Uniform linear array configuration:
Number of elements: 8
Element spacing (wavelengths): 0.75
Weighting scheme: exponential
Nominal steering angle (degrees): -60
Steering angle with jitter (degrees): -60.569
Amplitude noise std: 0.05
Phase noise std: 0.05

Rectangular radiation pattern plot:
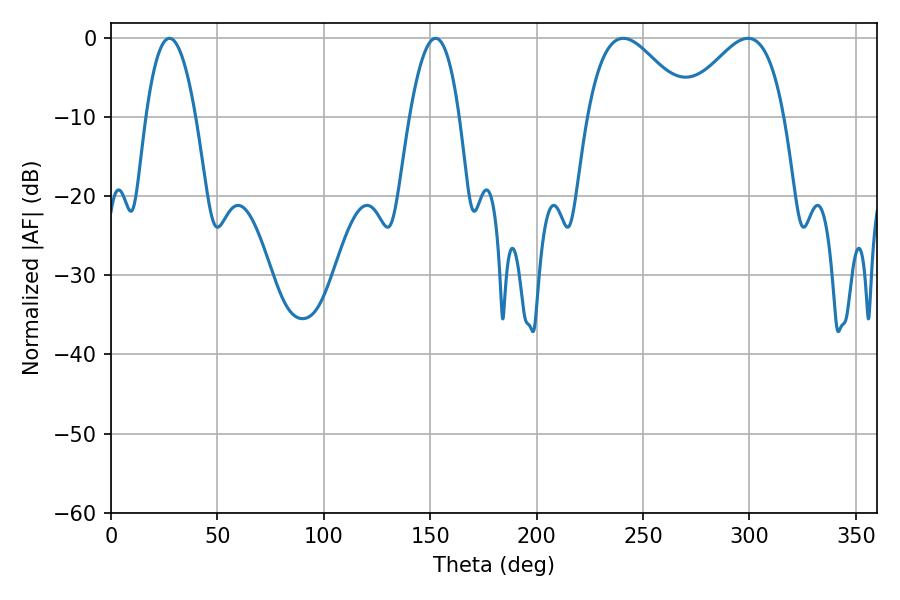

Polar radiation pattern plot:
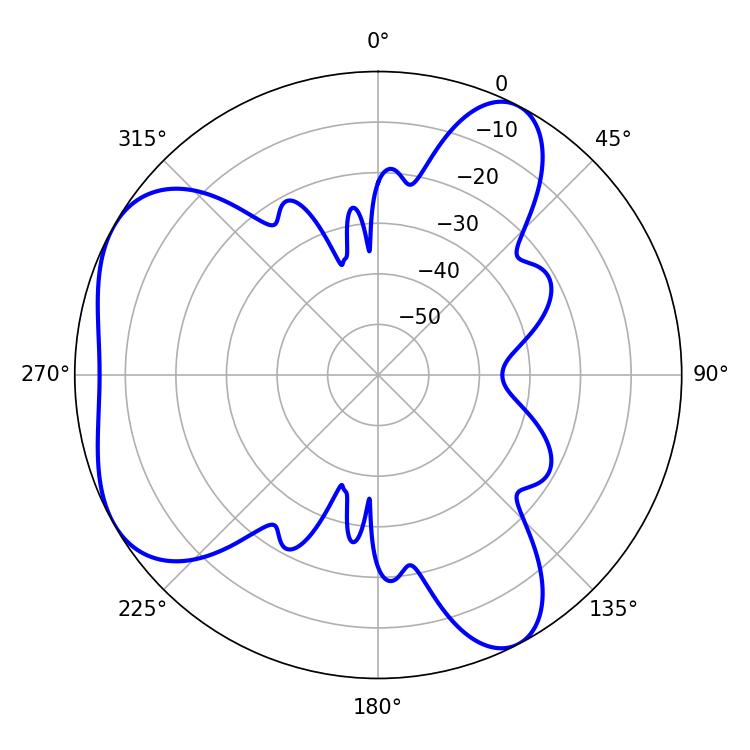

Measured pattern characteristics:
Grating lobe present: TRUE
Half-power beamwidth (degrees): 25.92
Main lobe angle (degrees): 240.66